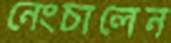
নেংচালেন